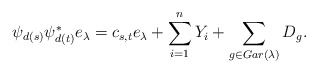
\begin{align*} \psi_{d(s)}\psi_{d(t)}^*e_{\lambda}=c_{s,t} e_{\lambda}+\sum_{i=1}^{n} Y_i+\sum_{g\in Gar(\lambda)} D_g. \end{align*}